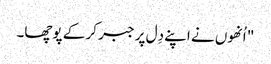
" اُنھوں نے اپنے دِل پر جبر کر کے پوچھا۔